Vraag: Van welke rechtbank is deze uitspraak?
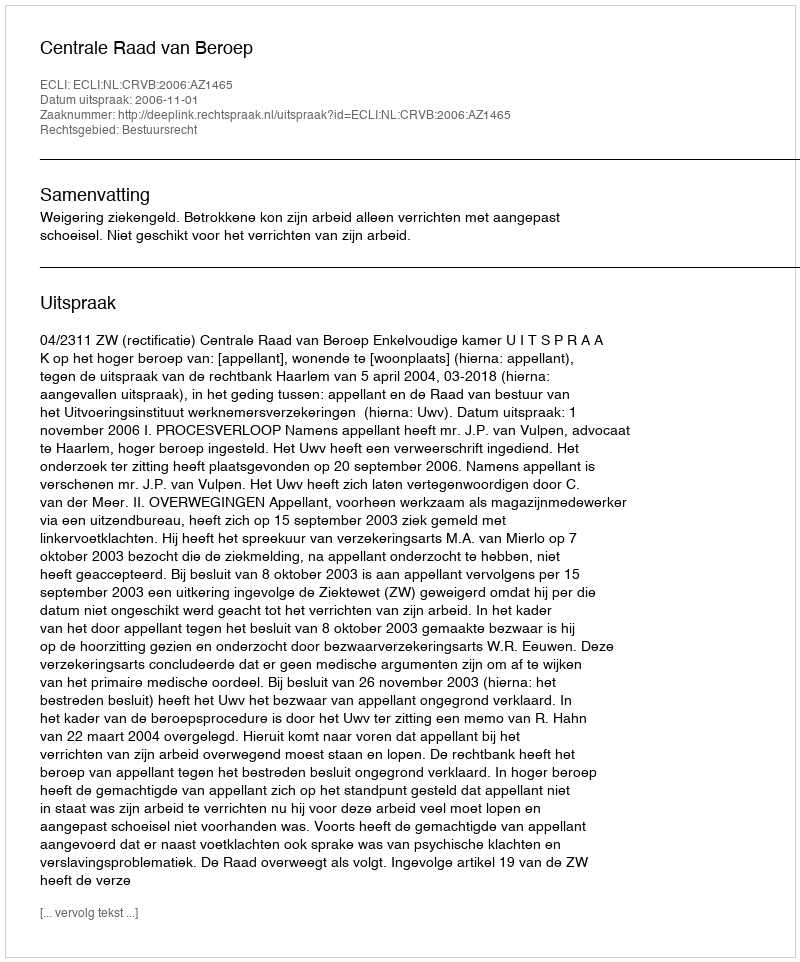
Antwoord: Centrale Raad van Beroep